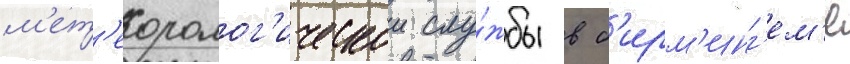
м'ет'еоролог'ическои слу́жбы в б'ирм'инг'ем'е